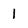
Character: 1